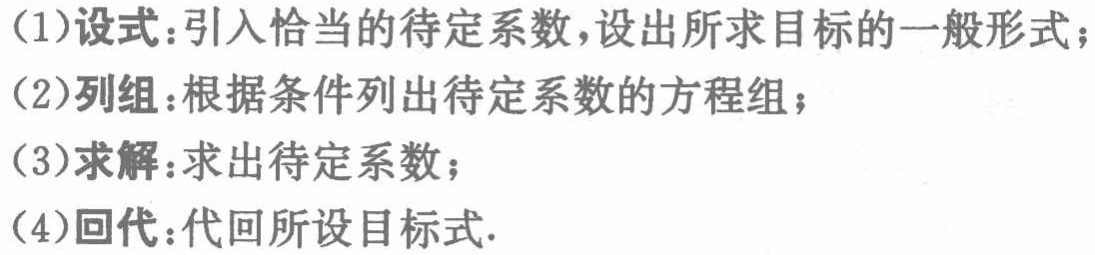
(1)设式：引入恰当的待定系数，设出所求目标的一般形式；

(2)列组：根据条件列出待定系数的方程组；

(3)求解：求出待定系数；

(4)回代：代回所设目标式.